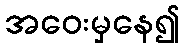
အဝေးမှနေ၍